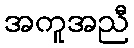
အကူအညီ